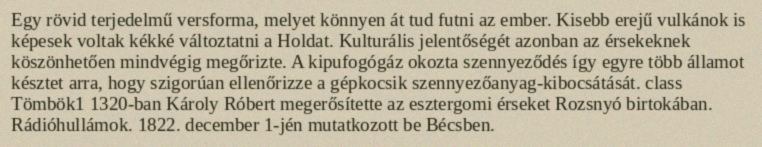
Egy rövid terjedelmű versforma, melyet könnyen át tud futni az ember. Kisebb erejű vulkánok is képesek voltak kékké változtatni a Holdat. Kulturális jelentőségét azonban az érsekeknek köszönhetően mindvégig megőrizte. A kipufogógáz okozta szennyeződés így egyre több államot késztet arra, hogy szigorúan ellenőrizze a gépkocsik szennyezőanyag-kibocsátását. class Tömbök1 1320-ban Károly Róbert megerősítette az esztergomi érseket Rozsnyó birtokában. Rádióhullámok. 1822. december 1-jén mutatkozott be Bécsben.